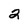
Character: 2